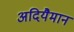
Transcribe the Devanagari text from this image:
अदियैमान